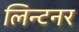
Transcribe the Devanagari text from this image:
लिन्टनर